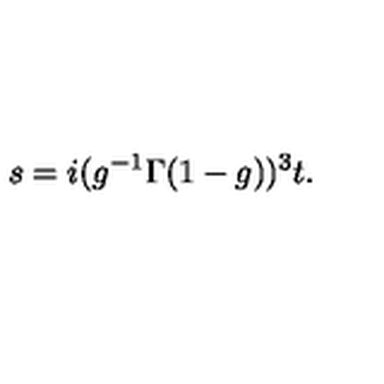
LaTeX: s = i ( g ^ { - 1 } \Gamma ( 1 - g ) ) ^ { 3 } t .